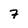
Character: 7